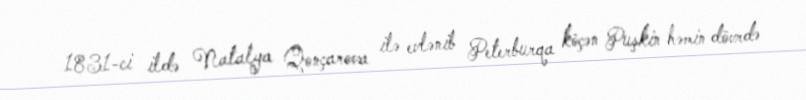
1831-ci ildə Natalya Qonçarova ilə evlənib Peterburqa köçən Puşkin həmin dövrdə